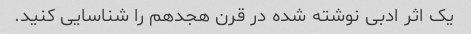
یک اثر ادبی نوشته شده در قرن هجدهم را شناسایی کنید.